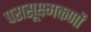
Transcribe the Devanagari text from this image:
परासूक्ष्मकणों